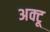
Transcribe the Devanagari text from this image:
अक्टू